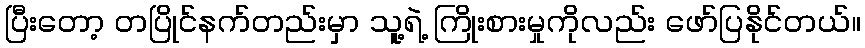
ပြီးတော့ တပြိုင်နက်တည်းမှာ သူ့ရဲ့ ကြိုးစားမှုကိုလည်း ဖော်ပြနိုင်တယ်။